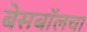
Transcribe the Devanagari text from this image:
बेसबॉलचा